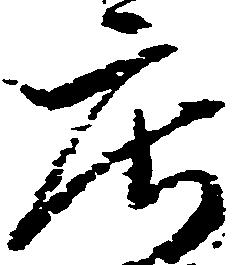
庄